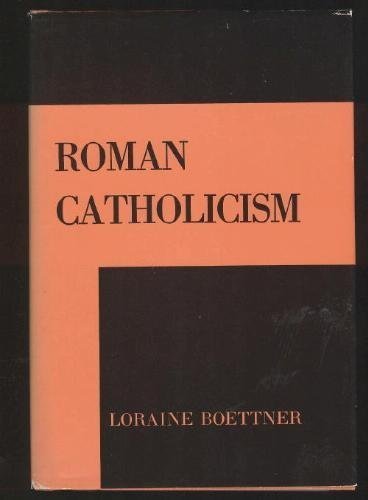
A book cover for Roman Catholicism; Loraine Boettner; Christian Books & Bibles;